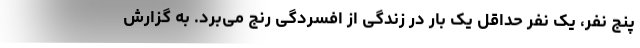
پنج نفر، یک نفر حداقل یک بار در زندگی از افسردگی رنج می‌برد. به‌ گزارش